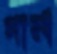
গার্ল